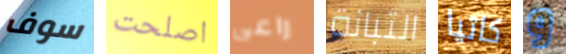
سوف اصلحت راعى التبانة كاتيا و